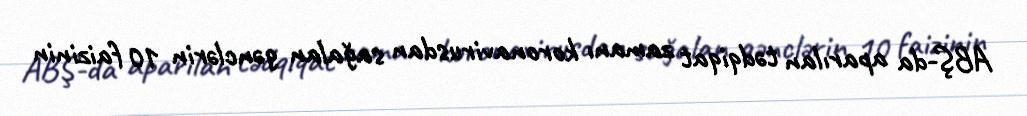
ABŞ-da aparılan tədqiqat zamanı koronavirusdan sağalan gənclərin 10 faizinin